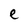
Character: e